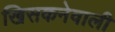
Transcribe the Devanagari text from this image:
खिसकनेवाली